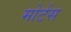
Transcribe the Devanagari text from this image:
मोर्टस